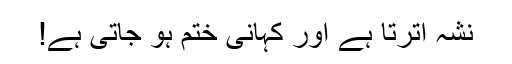
نشہ اترتا ہے اور کہانی ختم ہو جاتی ہے!